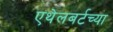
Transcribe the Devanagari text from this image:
एथेलबर्टच्या